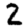
Digit: 2